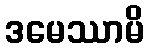
ဒမေဿာမိ